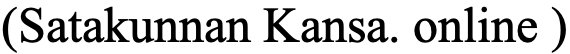
(Satakunnan Kansa. online )